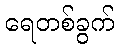
ရေတစ်ခွက်